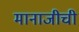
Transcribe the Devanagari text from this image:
मानाजीची